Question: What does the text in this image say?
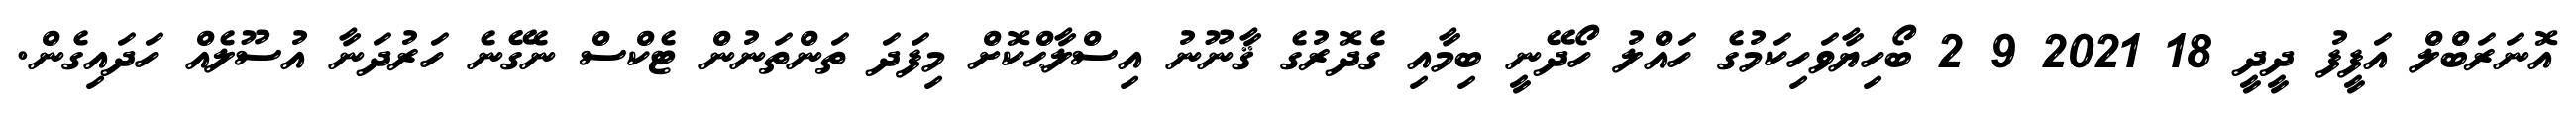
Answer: އޮނަރަބްލް އަފީފު ދީދީ 18 2021 9 2 ބޯހިޔާވަހިކަމުގެ ހައްލު ހޯދޭނީ ބިމާއި ގެދޮރުގެ ޤާނޫނު އިސްލާޙްކޮށް މިފަދަ ތަންތަނުން ޓެކްސް ނެގޭނެ ހަރުދަނާ އުސޫލެއް ހަދައިގެން.